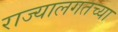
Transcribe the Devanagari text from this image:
राज्यालगतच्या